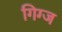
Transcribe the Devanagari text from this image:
गिग्ज